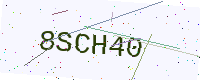
Text: 8SCH40